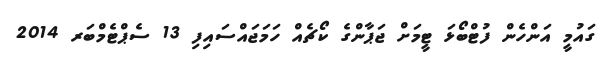
ގައުމީ އަންހެން ފުޓްބޯޅަ ޓީމަށް ޖަޕާންގެ ކޯޗެއް ހަމަޖައްސައިފި 13 ސެޕްޓެމްބަރ 2014